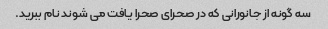
سه گونه از جانورانی که در صحرای صحرا یافت می شوند نام ببرید.